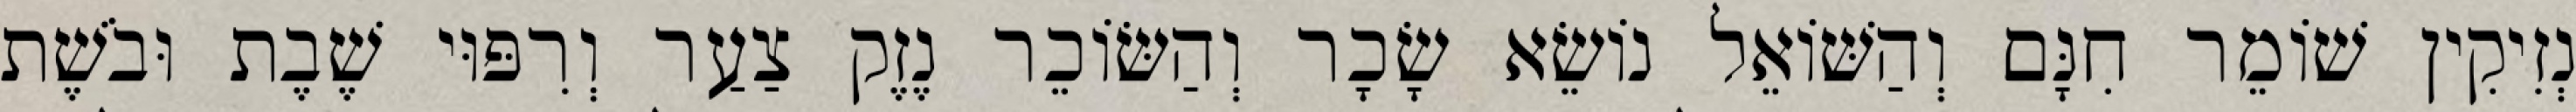
נְזִיקִין שׁוֹמֵר חִנָּם וְהַשּׁוֹאֵל נוֹשֵׂא שָׂכָר וְהַשּׂוֹכֵר נֶזֶק צַעַר וְרִפּוּי שֶׁבֶת וּבֹשֶׁת